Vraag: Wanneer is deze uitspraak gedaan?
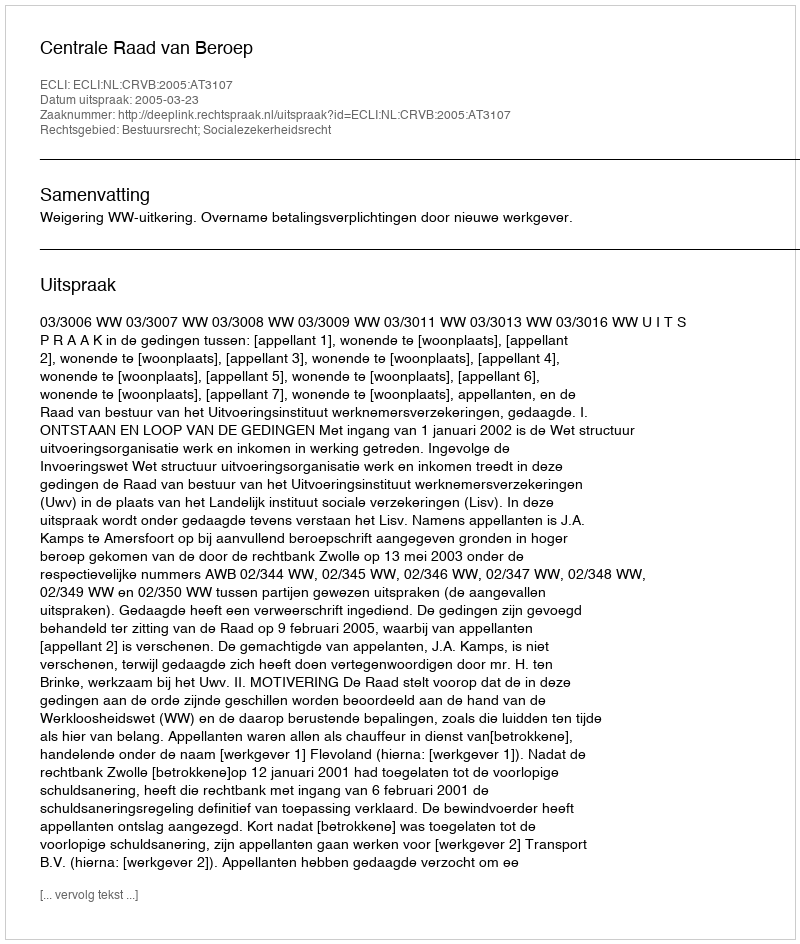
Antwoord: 2005-03-23